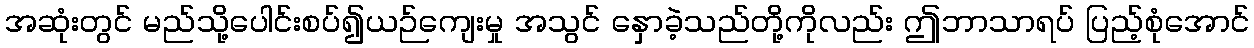
အဆုံးတွင် မည်သို့ပေါင်းစပ်၍ယဉ်ကျေးမှု အသွင် နှောခဲ့သည်တို့ကိုလည်း ဤဘာသာရပ် ပြည့်စုံအောင်